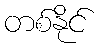
တစ်နိုင်